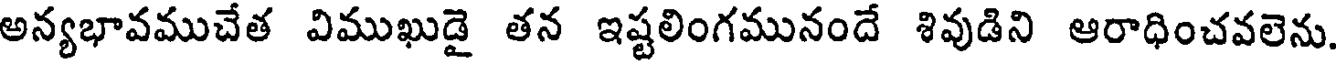
అన్యభావముచేత విముఖుడై తన ఇష్టలింగమునందే శివుడిని ఆరాధించవలెను.